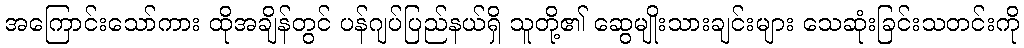
အကြောင်းသော်ကား ထိုအချိန်တွင် ပန်ဂျပ်ပြည်နယ်ရှိ သူတို့၏ ဆွေမျိုးသားချင်းများ သေဆုံးခြင်းသတင်းကို